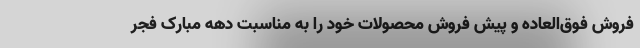
فروش فوق‌العاده و پیش فروش محصولات خود را به مناسبت دهه مبارک فجر